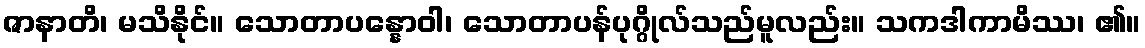
ဇာနာတိ၊ မသိနိုင်။ သောတာပန္နောဝါ၊ သောတာပန်ပုဂ္ဂိုလ်သည်မူလည်း။ သကဒါကာမိဿ၊ ၏။